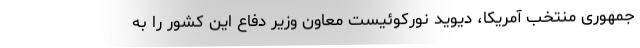
جمهوری منتخب آمریکا، دیوید نورکوئیست معاون وزیر دفاع این کشور را به